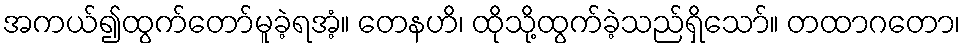
အကယ်၍ထွက်တော်မူခဲ့ရအံ့။ တေနဟိ၊ ထိုသို့ထွက်ခဲ့သည်ရှိသော်။ တထာဂတော၊